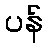
ပန်